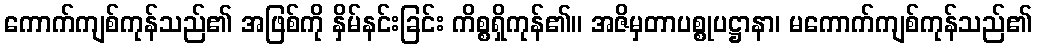
ကောက်ကျစ်ကုန်သည်၏ အဖြစ်ကို နှိမ်နင်းခြင်း ကိစ္စရှိကုန်၏။ အဇိမှတာပစ္စုပဋ္ဌာနာ၊ မကောက်ကျစ်ကုန်သည်၏